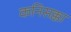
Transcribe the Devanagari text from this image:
कनिसक्का